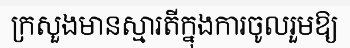
ក្រសួងមានស្មារតីក្នុងការចូលរួមឱ្យ